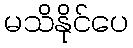
မသိနိုင်ပေ